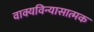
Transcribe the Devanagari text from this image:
वाक्यविन्यासात्मक